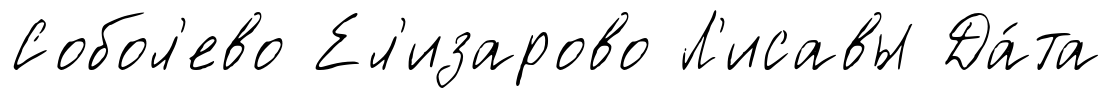
Собол'ево Ел'изарово Л'исавы Да́та